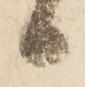
日